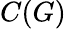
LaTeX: C(G)